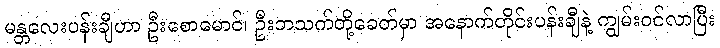
မန္တလေးပန်းချီဟာ ဦးစောမောင်၊ ဦးဘသက်တို့ခေတ်မှာ အနောက်တိုင်းပန်းချီနဲ့ ကျွမ်းဝင်လာပြီး